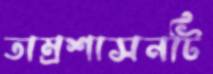
তাম্রশাসনটি